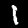
Label: 1